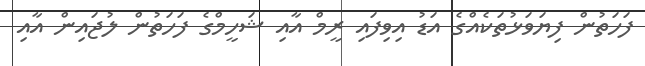
ފަހަތުން ފިޔަވަޅުތަކެއްގެ އަޑު އިވިފައި ރީމް އާއި ޝަހީމްގެ ފަހަތުން ލުޖައިން އާއި